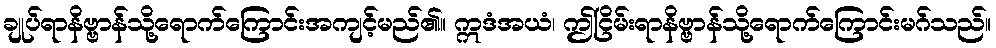
ချုပ်ရာနိဗ္ဗာန်သို့ရောက်ကြောင်းအကျင့်မည်၏။ ဣဒံအယံ၊ ဤငြိမ်းရာနိဗ္ဗာန်သို့ရောက်ကြောင်းမဂ်သည်။